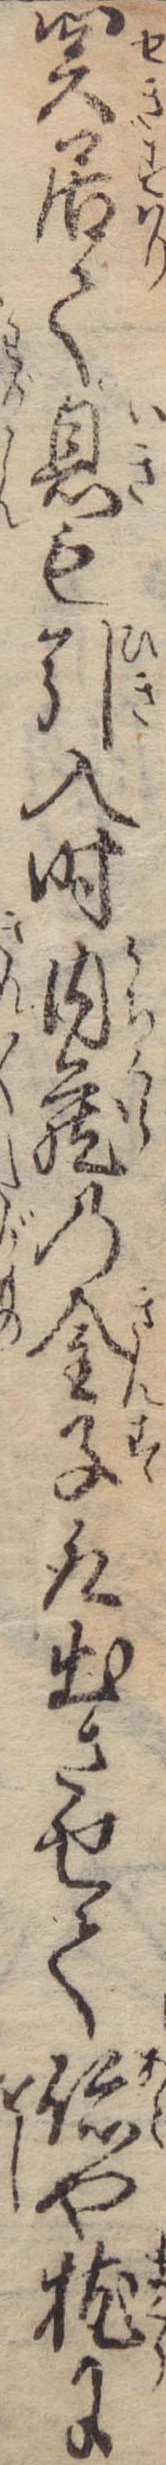
関居て息も引入時内蔵の金子取出させて跡や枕に